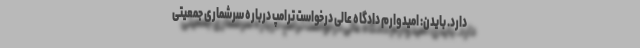
دارد. بایدن: امیدوارم دادگاه عالی درخواست ترامپ درباره سرشماری جمعیتی